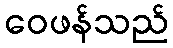
ဝေဖန်သည်